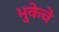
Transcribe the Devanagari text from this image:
भुकेचे